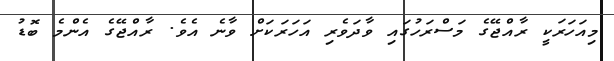
މިއަހަރަކީ ރާއްޖޭގެ މަސްރަހުގައި ވާދަވެރި އަހަރަކަށް ވާނެ އެވެ. ރާއްޖޭގެ އެންމެ ބޮޑު